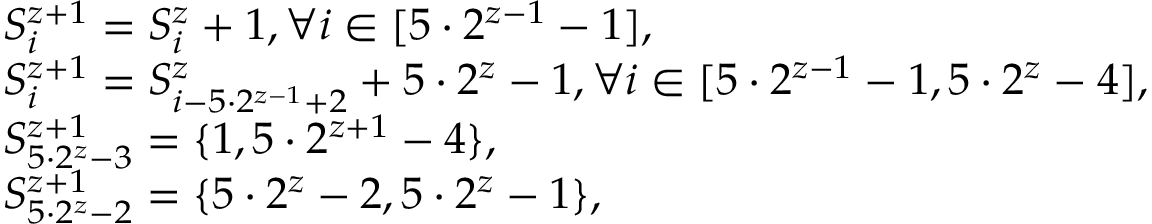
\begin{array} { r l } & { S _ { i } ^ { z + 1 } = S _ { i } ^ { z } + 1 , \forall i \in [ 5 \cdot 2 ^ { z - 1 } - 1 ] , } \\ & { S _ { i } ^ { z + 1 } = S _ { i - 5 \cdot 2 ^ { z - 1 } + 2 } ^ { z } + 5 \cdot 2 ^ { z } - 1 , \forall i \in [ 5 \cdot 2 ^ { z - 1 } - 1 , 5 \cdot 2 ^ { z } - 4 ] , } \\ & { S _ { 5 \cdot 2 ^ { z } - 3 } ^ { z + 1 } = \{ 1 , 5 \cdot 2 ^ { z + 1 } - 4 \} , } \\ & { S _ { 5 \cdot 2 ^ { z } - 2 } ^ { z + 1 } = \{ 5 \cdot 2 ^ { z } - 2 , 5 \cdot 2 ^ { z } - 1 \} , } \end{array}